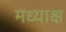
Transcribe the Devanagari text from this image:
मध्याक्ष